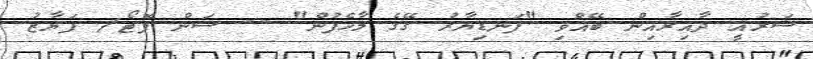
ޝަރުއީ ދާއިރާއިން ބޭއްވި "ފަނޑިޔާރު ގޭގެ މާހެފުން" -- ސަން ފޮޓޯ/ ފަޔާޒު